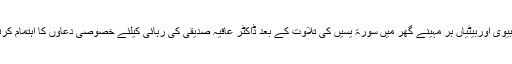
میری بیوی اوربیٹیاں ہر مہینے گھر میں سورۃ یسیں کی تلاوت کے بعد ڈاکٹر عافیہ صدیقی کی رہائی کیلئے خصوصی دعاؤں کا اہتمام کرتی ہیں۔